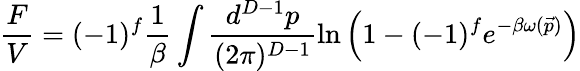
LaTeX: \frac{F}{V}=(-1)^{f}\frac{1}{\beta}\int\frac{d^{D-1}p}{(2\pi)^{D-1}}\ln\left(1-(-1)^{f}e^{-\beta\omega(\vec{p})}\right)